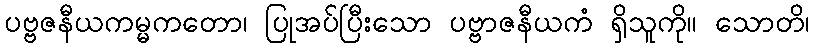
ပဗ္ဗဇနီယကမ္မကတော၊ ပြုအပ်ပြီးသော ပဗ္ဗာဇနီယကံ ရှိသူကို။ သောတိ၊